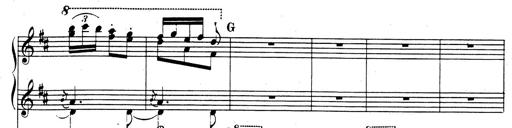
Title: Rhapsodie espagnole
Composer: Franz Liszt